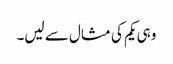
وہی یکم کی مثال سے لیں۔